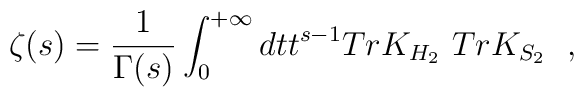
\zeta (s)={1\over \Gamma (s)}\int_0^{+\infty}dtt^{s-1}Tr K_{H_2}~TrK_{S_2}~~,